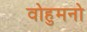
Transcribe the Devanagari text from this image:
वोहुमनो